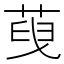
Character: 𦴞